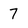
Character: 7